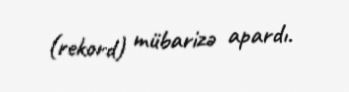
(rekord) mübarizə apardı.